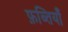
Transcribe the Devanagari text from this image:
फ़ब्तियाँ